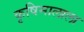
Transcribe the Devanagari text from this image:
कृषिमालाला